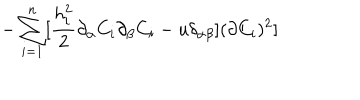
- \sum _ { i = 1 } ^ { n } [ \frac { h _ { i } ^ { 2 } } { 2 } \partial _ { \alpha } C _ { i } \partial _ { \beta } C _ { i } - u \delta _ { \alpha \beta } ] ( \partial C _ { i } ) ^ { 2 } ]